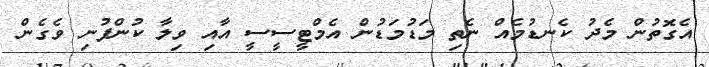
އެގޮތުން މެދު ކެނޑުމެއް ނެތި މަޑުމަޑުން އެމްޓީސީސީ އާއި ވިލާ ކުންފުނި ވެގެން